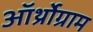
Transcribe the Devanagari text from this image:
ऑर्थ्रोग्राम